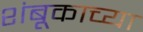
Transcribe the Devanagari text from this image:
शंबूकाच्या